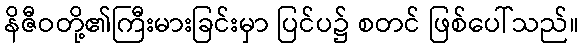
နိဇီဝတို့၏ကြီးမားခြင်းမှာ ပြင်ပ၌ စတင် ဖြစ်ပေါ်သည်။